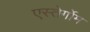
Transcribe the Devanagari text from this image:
एस्तेर्गोम